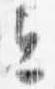
今